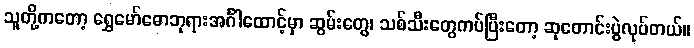
သူတို့ကတော့ ရွှေမော်ဓောဘုရားအင်္ဂါထောင့်မှာ ဆွမ်းတွေ၊ သစ်သီးတွေကပ်ပြီးတော့ ဆုတောင်းပွဲလုပ်တယ်။